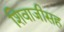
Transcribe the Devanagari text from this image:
शिवाजीसह